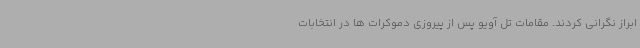
ابراز نگرانی کردند. مقامات تل آویو پس از پیروزی دموکرات ها در انتخابات